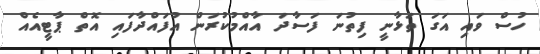
ހުސް ވައި އަގަ ތަޅާނީ ފިތުނަ ފަސާދަ އާއްމުކުރަން އުފައްދާފައި އޮތް ޕާޓީއެއް